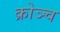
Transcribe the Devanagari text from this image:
क्रोञ्च